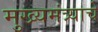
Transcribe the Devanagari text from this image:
मुख्यमंत्र्याचे